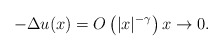
\begin{align*} -\Delta u(x)=O\left(|x|^{-\gamma}\right) x\to 0. \end{align*}